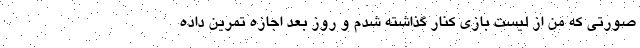
صورتی که من از لیست بازی کنار گذاشته شدم و روز بعد اجازه تمرین داده